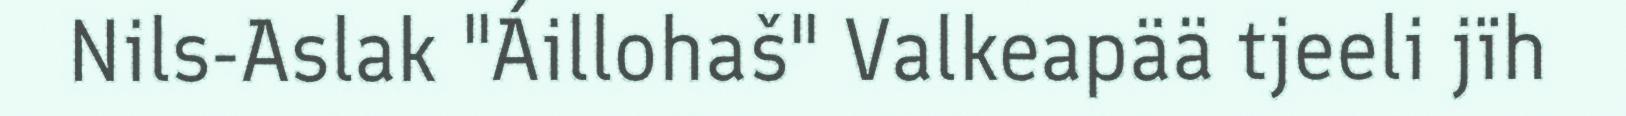
Nils-Aslak "Áillohaš" Valkeapää tjeeli jïh